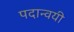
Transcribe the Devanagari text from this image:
पदान्वयी